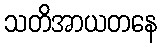
သတိအာယတနေ